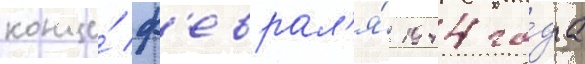
конце́ ф'еврал'я́ 1944 го́да